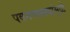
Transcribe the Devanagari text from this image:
पवनचक्‍क्‍यांमुळे